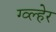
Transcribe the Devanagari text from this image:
ग्व्ल्हेर